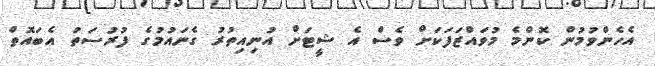
އެހެންވުމުން ކޮންމެ މުވައްޒަފަކަށް ވެސް އެ ޝީޓަށް އުނިއިތުރު ގެނައުމުގެ ފުރުސަތު އެބައޮތް